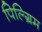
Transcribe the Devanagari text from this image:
पिल्ग्रिम